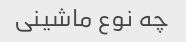
چه نوع ماشینی